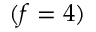
( f = 4 )